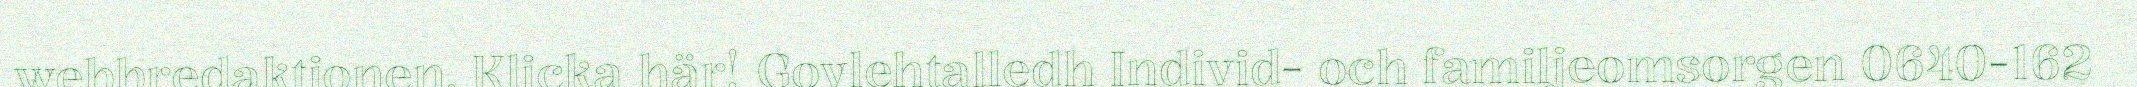
webbredaktionen. Klicka här! Govlehtalledh Individ- och familjeomsorgen 0640-162